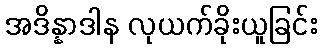
အဒိန္နာဒါန လုယက်ခိုးယူခြင်း